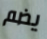
يضم